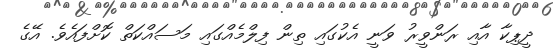
ދީޕިކާ އާއި ރަންވީރު ވަނީ އެކުގައި ތިން ފިލްމެއްގައި މަސައްކަތް ކޮށްފައެވެ. އޭގެ